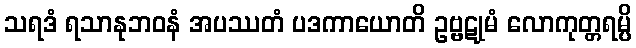
သရဒံ ရသာနုဘဝနံ အပဿတံ ပဒကာယောတိ ဥဗ္ဗဋုမံ လောကုတ္တရမ္ပိ